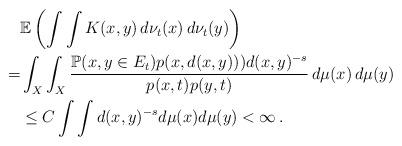
LaTeX: \begin{align*}&\mathbb{E}\left(\int\int K(x,y)\,d\nu_t(x)\,d\nu_t(y)\right)\\=&\int_X\int_X\frac{\mathbb{P}(x,y\in E_t)p(x,d(x,y)))d(x,y)^{-s}}{p(x,t) p(y,t)}\,d\mu(x)\,d\mu(y)\\&\le C\int\int d(x,y)^{-s}d\mu(x)d\mu(y)<\infty\,.\end{align*}